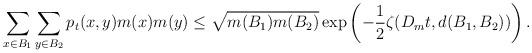
LaTeX: \begin{align*}\sum_{x\in B_1}\sum_{y\in B_2}p_t(x,y)m(x)m(y)\leq\sqrt{m(B_1)m(B_2)}\exp\left(-\frac12\zeta(D_mt,d(B_1,B_2))\right).\end{align*}